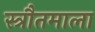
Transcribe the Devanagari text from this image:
स्त्रौतमाला